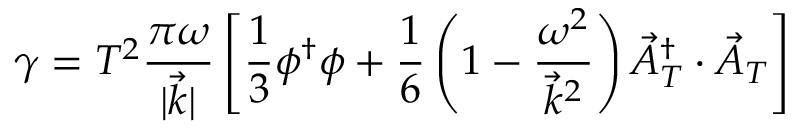
\gamma = T ^ { 2 } \frac { \pi \omega } { | \vec { k } | } \left[ \frac { 1 } { 3 } \phi ^ { \dagger } \phi + \frac { 1 } { 6 } \left( 1 - \frac { \omega ^ { 2 } } { \vec { k } ^ { 2 } } \right) \vec { A } _ { T } ^ { \dagger } \cdot \vec { A } _ { T } \right]